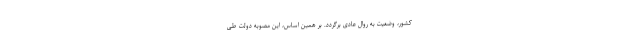
کشور، وضعیت به روال عادی برگردد. بر همین اساس، این مصوبه دولت طی